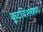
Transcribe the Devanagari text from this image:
कूटविश्लेषण